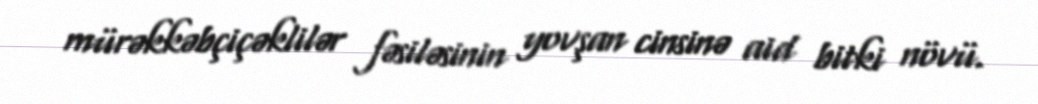
mürəkkəbçiçəklilər fəsiləsinin yovşan cinsinə aid bitki növü.